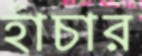
হাঁচার